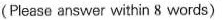
(Please answer within 8 words)